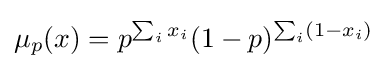
\mu _{p}(x)=p^{\sum _{i}x_{i}}(1-p)^{\sum _{i}(1-x_{i})}